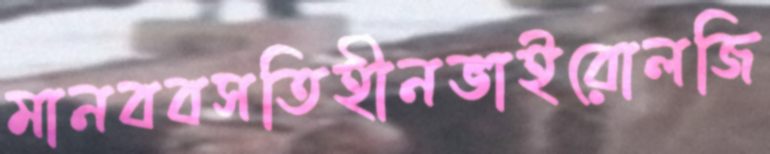
মানববসতিহীনভাইরোলজি